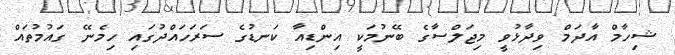
ޝިހާމް އާދަމް ވިދާޅުވީ މިޖަލްސާގެ ބޭނުމަކީ އިންޑިއާ ކަނޑުގެ ސަރަހައްދުގައި ހިމެނޭ ގައުމުތައް